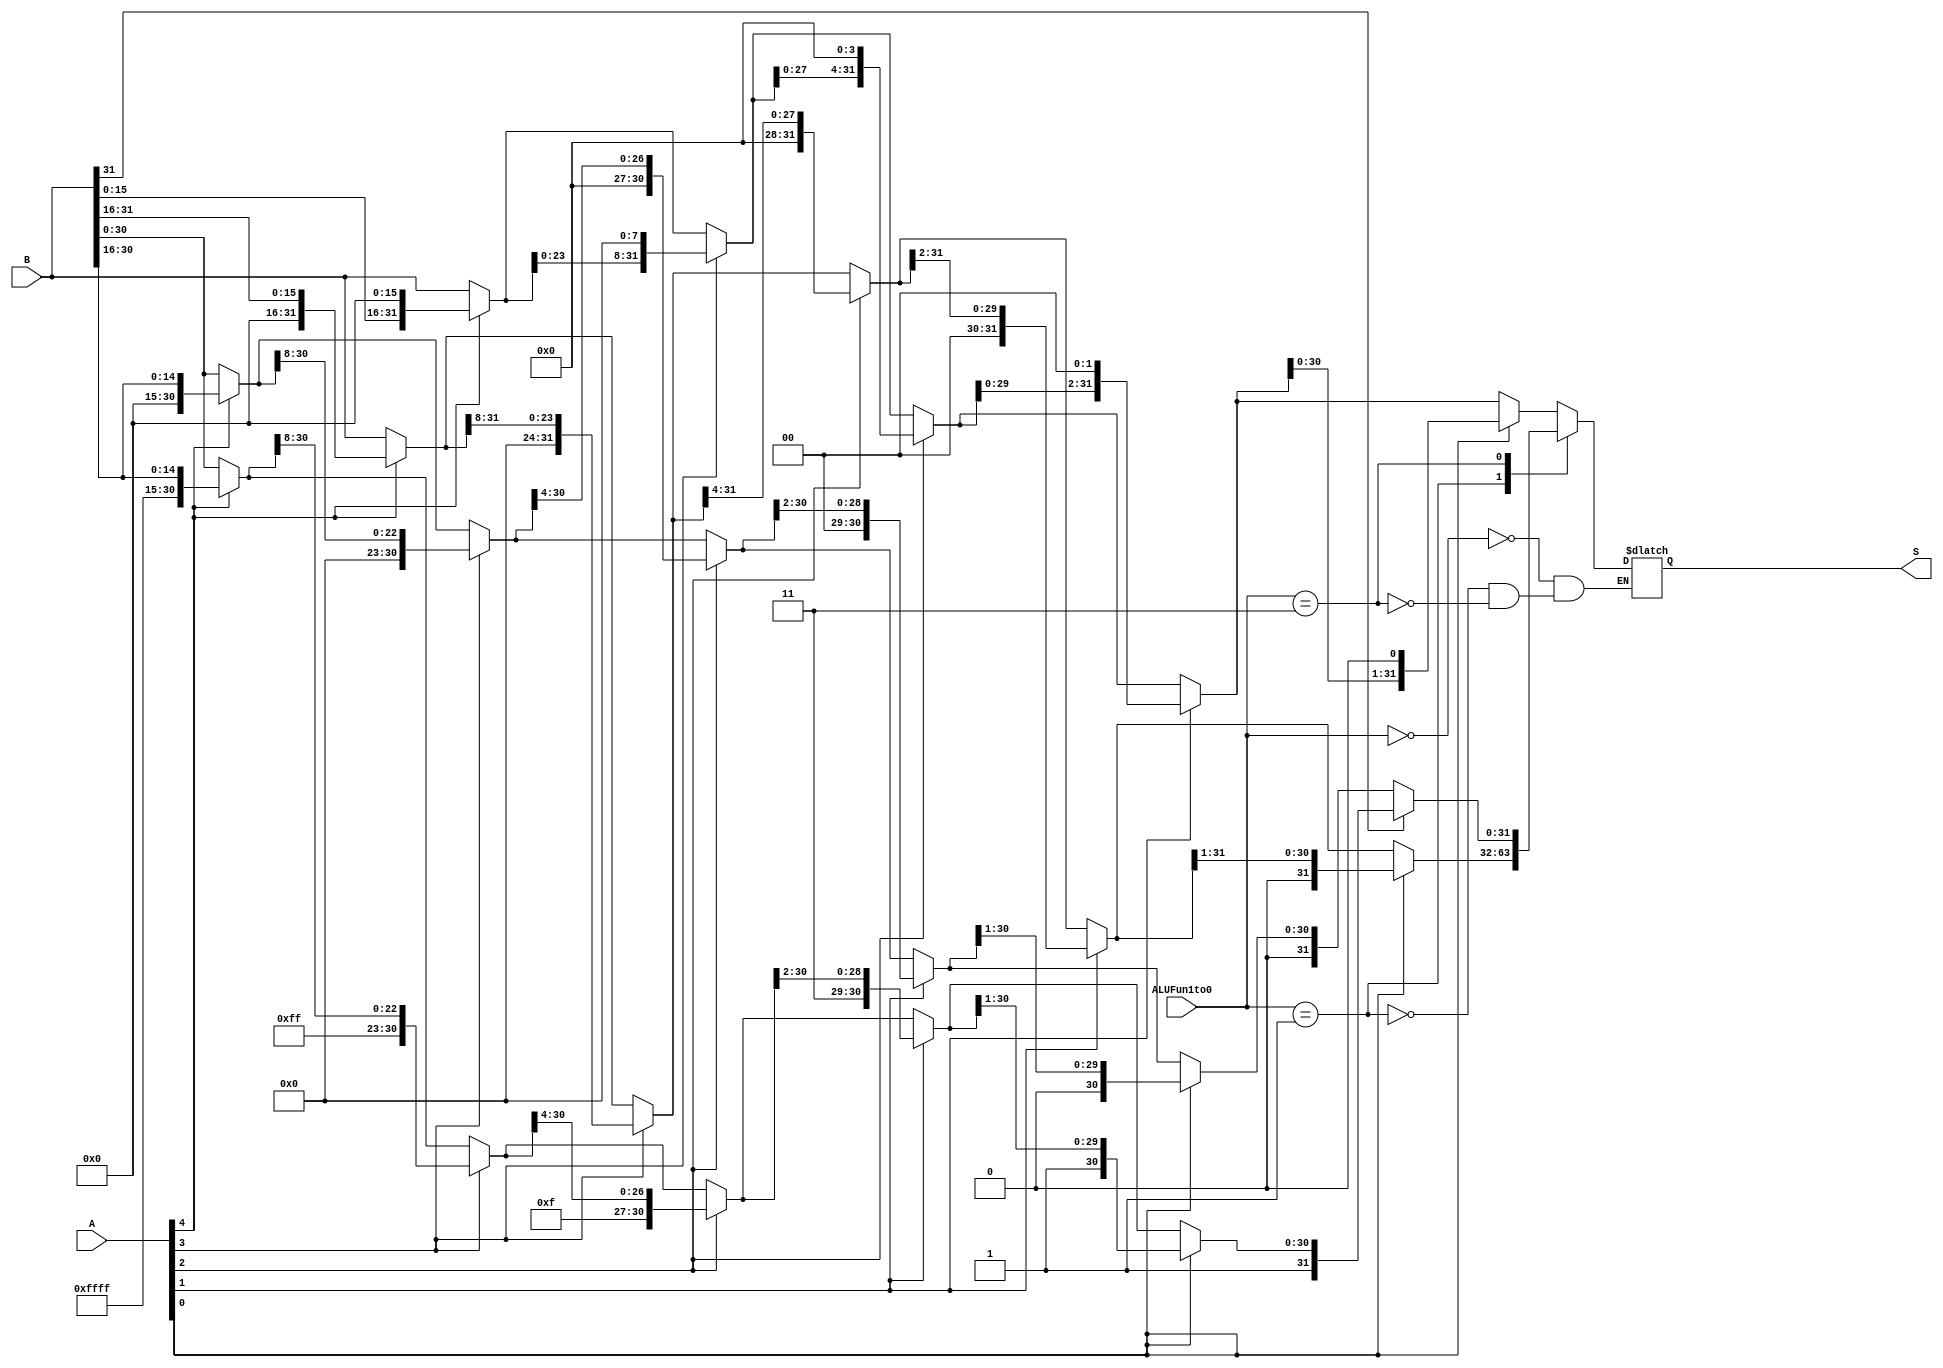
`timescale 1ns/1ns
module Shift (A,B,ALUFun1to0,S);

    input [31:0] A,B;
    input [1:0] ALUFun1to0;

    output reg [31:0] S;

    reg [31:0] S_Shift2,S_Shift4,S_Shift8,S_Shift16;

    localparam  SLL = 2'b00,
                SRL = 2'b01,
                SRA = 2'b11;

    always @ ( * )
    begin
        case (ALUFun1to0)           //split into combination of 16/8/4/2/1-bit shift
        SLL:
        begin
            S_Shift16 = (A[4])?{B[15:0],16'b0}:B;
            S_Shift8 = (A[3])?{S_Shift16[23:0],8'b0}:S_Shift16;
            S_Shift4 = (A[2])?{S_Shift8[27:0],4'b0}:S_Shift8;
            S_Shift2 = (A[1])?{S_Shift4[29:0],2'b0}:S_Shift4;
            S = (A[0])?{S_Shift2[30:0],1'b0}:S_Shift2;
        end
        SRL:
        begin
            S_Shift16 = (A[4])?{16'b0,B[31:16]}:B;
            S_Shift8 = (A[3])?{8'b0,S_Shift16[31:8]}:S_Shift16;
            S_Shift4 = (A[2])?{4'b0,S_Shift8[31:4]}:S_Shift8;
            S_Shift2 = (A[1])?{2'b0,S_Shift4[31:2]}:S_Shift4;
            S = (A[0])?{1'b0,S_Shift2[31:1]}:S_Shift2;
        end
        SRA:
        begin
            if(B[31])               //negative number
            begin
                S_Shift16 = (A[4])?{16'b1111_1111_1111_1111,B[31:16]}:B;
                S_Shift8 = (A[3])?{8'b1111_1111,S_Shift16[31:8]}:S_Shift16;
                S_Shift4 = (A[2])?{4'b1111,S_Shift8[31:4]}:S_Shift8;
                S_Shift2 = (A[1])?{2'b11,S_Shift4[31:2]}:S_Shift4;
                S = (A[0])?{1'b1,S_Shift2[31:1]}:S_Shift2;
            end
            else                    //postive number
            begin
                S_Shift16 = (A[4])?{16'b0,B[31:16]}:B;
                S_Shift8 = (A[3])?{8'b0,S_Shift16[31:8]}:S_Shift16;
                S_Shift4 = (A[2])?{4'b0,S_Shift8[31:4]}:S_Shift8;
                S_Shift2 = (A[1])?{2'b0,S_Shift4[31:2]}:S_Shift4;
                S = (A[0])?{1'b0,S_Shift2[31:1]}:S_Shift2;
            end
        end
        default: ;
        endcase
    end

endmodule